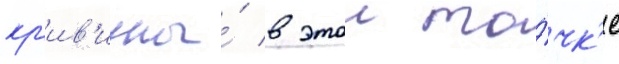
кр'ив'изны́ в этои то́чк'е